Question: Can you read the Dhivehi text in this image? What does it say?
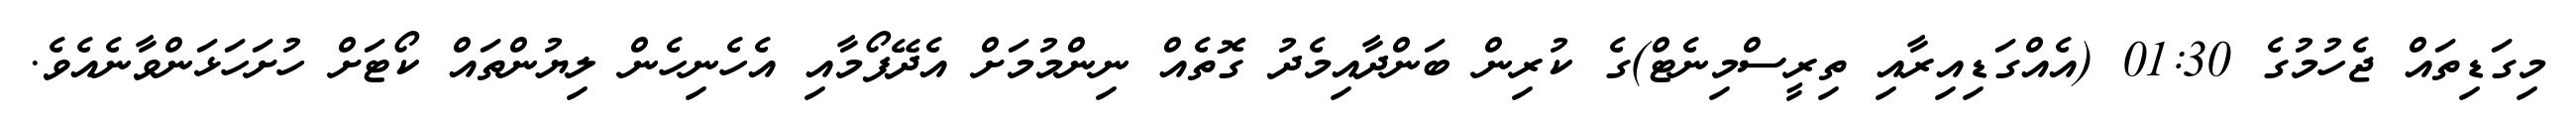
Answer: މިގަޑިތައް ޖެހުމުގެ 01:30 (އެއްގަޑިއިރާއި ތިރީސްމިނެޓް)ގެ ކުރިން ބަންދާއިމެދު ގޮތެއް ނިންމުމަށް އެދޭފޯމާއި އެހެނިހެން ލިޔުންތައް ކޯޓަށް ހުށަހަޅަންވާނެއެވެ.